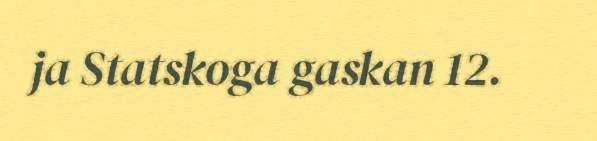
ja Statskoga gaskan 12.